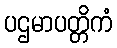
ပဌမာပတ္တိကံ